Report of an investigation of the epidemic of malarial fever in Assam, or, kala-azar
Disease focus: Malaria
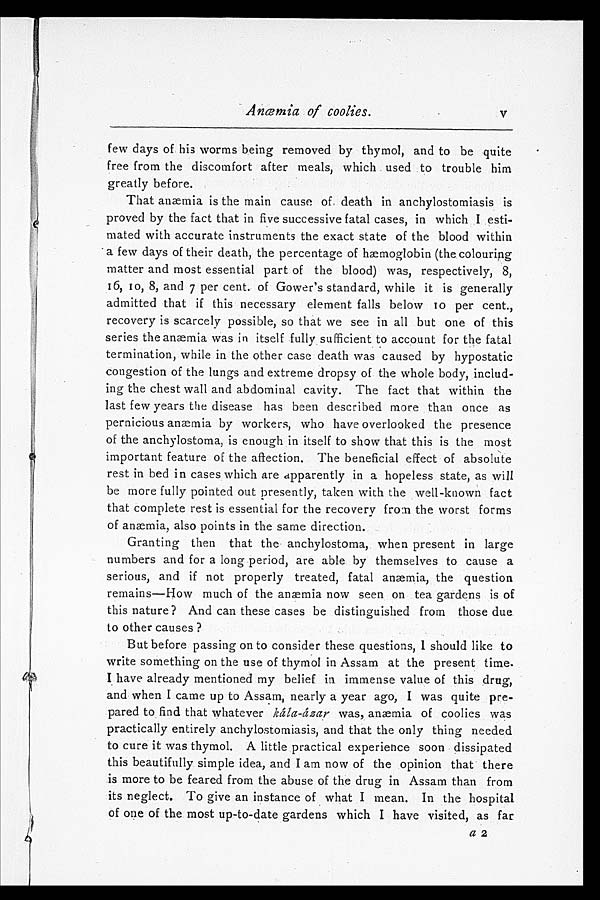
Anæmia of coolies.
v
few days of his worms being removed by thymol, and to be quite
free from the discomfort after meals, which used to trouble him
greatly before.
That anæmia is the main cause of death in anchylostomiasis is
proved by the fact that in five successive fatal cases, in which I esti
-mated with accurate instruments the exact state of the blood within
a few days of their death, the percentage of hæmoglobin (the colouring
matter and most essential part of the blood) was, respectively, 8,
16, 10, 8, and 7 per cent. of Gower's standard, while it is generally
admitted that if this necessary element falls below to per cent.,
recovery is scarcely possible, so that we see in all but one of this
series the anæmia was in itself fully sufficient to account for the fatal
termination, while in the other case death was caused by hypostatic
congestion of the lungs and extreme dropsy of the whole body, includ
-ing the chest wall and abdominal cavity. The fact that within the
last few years the disease has been described more than once as
pernicious anaemia by workers, who have overlooked the presence
of the anchylostoma, is enough in itself to show that this is the most
important feature of the affection. The beneficial effect of absolute
rest in bed in cases which are apparently in a hopeless state, as will
be more fully pointed out presently, taken with the well-known fact
that complete rest is essential for the recovery from the worst forms
of anæmia, also points in the same direction.
Granting then that the anchylostoma, when present in large
numbers and for a long period, are able by themselves to cause a
serious, and if not properly treated, fatal anæmia, the question
remains—How much of the anæmia now seen on tea gardens is of
this nature? And can these cases be distinguished from those due
to other causes?
But before passing on to consider these questions, I should like to
write something on the use of thymol in Assam at the present time.
I have already mentioned my belief in immense value of this drug,
and when I came up to Assam, nearly a year ago, I was quite pre
-pared to find that whatever kála-ázar was, anæmia of coolies was
practically entirely anchylostomiasis, and that the only thing needed
to cure it was thymol. A little practical experience soon dissipated
this beautifully simple idea, and I am now of the opinion that there
is more to be feared from the abuse of the drug in Assam than from
its neglect. To give an instance of what I mean. In the hospital
of one of the most up-to-date gardens which I have visited, as far
a 2